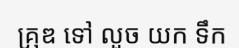
គ្រុឌ ទៅ លួច យក ទឹក